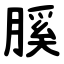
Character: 膎